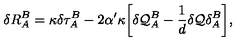
\delta R _ { A } ^ { B } = \kappa \delta \tau _ { A } ^ { B } - 2 \alpha ^ { \prime } \kappa \biggl [ \delta { \cal Q } _ { A } ^ { B } - \frac { 1 } { d } \delta { \cal Q } \delta _ { A } ^ { B } \biggr ] ,